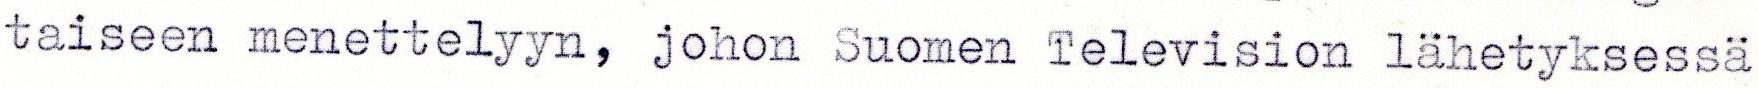
taiseen menettelyyn, johon Suomen Television lähetyksessä